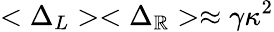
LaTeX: <\Delta_{L}><\Delta_{\mathbb{R}}>\approx\gamma\kappa^{2}